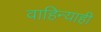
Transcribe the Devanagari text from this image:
वाहिन्याही